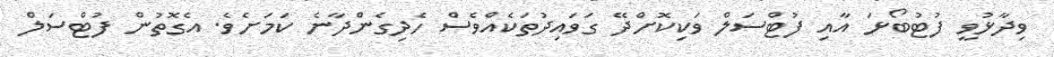
ވިދާޅުވީ ފުޓުބޯޅަ އާއި ފުޓްސަލް ވަކިކޮށްދޭ ގަވައިދުތަކެއްވެސް ހެދިގެންދާނެ ކަމަށެވެ. އެގޮތުން ފުޓްސަލް